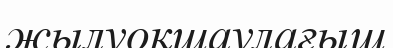
жылуоқшаулағыш